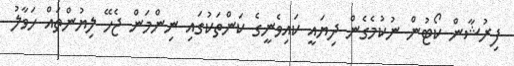
ފިރުޝާން ކޯޓުން ނުކުމެގެން ދިޔައީ ކައިވެނީގެ ކަންތަކުގައި ނިންމަން ޖެހޭ ލިޔުންތައް ހަވާލު